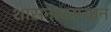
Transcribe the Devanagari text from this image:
शासनादरम्यान